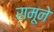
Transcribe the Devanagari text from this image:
रामूने